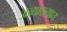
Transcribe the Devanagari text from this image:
अव्याख्यात